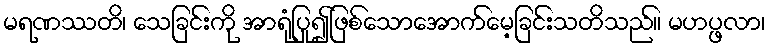
မရဏဿတိ၊ သေခြင်းကို အာရုံပြု၍ဖြစ်သောအောက်မေ့ခြင်းသတိသည်။ မဟပ္ဖလာ၊